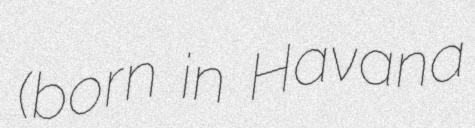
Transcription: (born in Havana